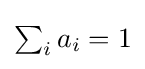
\textstyle \sum _{i}a_{i}=1